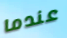
عندما